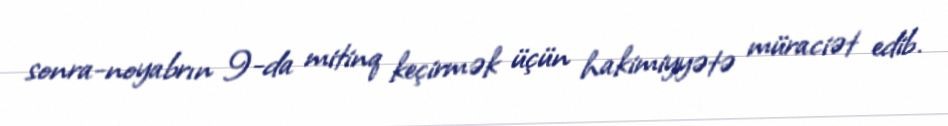
sonra-noyabrın 9-da mitinq keçirmək üçün hakimiyyətə müraciət edib.